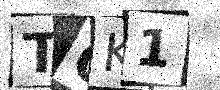
Text: TQK1